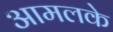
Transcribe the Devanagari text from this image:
आमलके